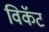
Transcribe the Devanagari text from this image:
विकॅट